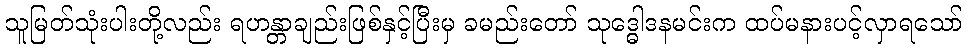
သူမြတ်သုံးပါးတို့လည်း ရဟန္တာချည်းဖြစ်နှင့်ပြီးမှ ခမည်းတော် သုဒ္ဓေါဒနမင်းက ထပ်မနားပင့်လှာရသော်